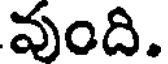
వుంది.